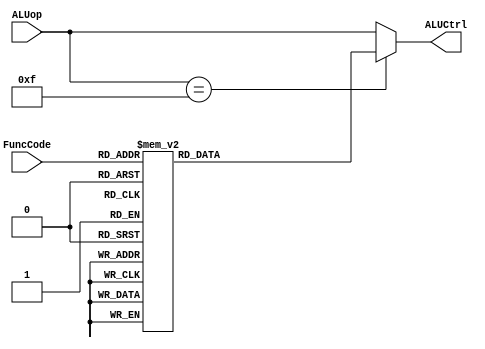
`timescale 1ns / 1ps
//////////////////////////////////////////////////////////////////////////////////
// Company: 
// Engineer: 
// 
// Design Name: 
// Module Name: ALUControl
// Project Name: 
// Target Devices: 
// Tool Versions: 
// Description: 
// 
// Dependencies: 
// 
// Revision:
// Revision 0.01 - File Created
// Additional Comments:
// 
//////////////////////////////////////////////////////////////////////////////////
//function definition
`define AND		4'b0000
`define OR		4'b0001
`define ADD 	4'b0010
`define SLL 	4'b0011
`define SRL 	4'b0100
`define MULA	4'b0101
`define SUB 	4'b0110
`define SLT 	4'b0111
`define ADDU	4'b1000
`define SUBU	4'b1001
`define XOR		4'b1010
`define SLTU	4'b1011
`define NOR		4'b1100
`define SRA		4'b1101
`define LUI		4'b1110

`define SLLFunc  6'b000000
`define SRLFunc  6'b000010
`define SRAFunc  6'b000011
`define ADDFunc  6'b100000
`define ADDUFunc 6'b100001
`define SUBFunc  6'b100010
`define SUBUFunc 6'b100011
`define ANDFunc  6'b100100
`define ORFunc   6'b100101
`define XORFunc  6'b100110
`define NORFunc  6'b100111
`define SLTFunc  6'b101010
`define SLTUFunc 6'b101011
`define MULAFunc 6'b111000

module ALUControl(ALUCtrl, ALUop, FuncCode); // module initialization
input [3:0]ALUop; //inputs 
input [5:0]FuncCode;
output[3:0] ALUCtrl;//output
reg [3:0]ALUCtrl;
always@(FuncCode or ALUop)
begin
if(ALUop==4'b1111) //only when ALUop is 1111, the ALUCtrl is as per the FuncCode
begin
case(FuncCode)
`SLLFunc: ALUCtrl= `SLL;
`SRLFunc: ALUCtrl= `SRL;
`SRAFunc:ALUCtrl= `SRA;
`ADDFunc:ALUCtrl= `ADD;
`ADDUFunc:ALUCtrl= `ADDU;
`SUBFunc:ALUCtrl= `SUB;
`SUBUFunc:ALUCtrl= `SUBU;
`ANDFunc:ALUCtrl= `AND;
`ORFunc:ALUCtrl= `OR;
`XORFunc:ALUCtrl= `XOR;
`NORFunc:ALUCtrl= `NOR;
`SLTFunc:ALUCtrl= `SLT;
`SLTUFunc:ALUCtrl= `SLTU;
`MULAFunc:ALUCtrl= `MULA;
default: ALUCtrl=4'b0000;
endcase
end
else
ALUCtrl<=ALUop; //else ALUCtrl is same as the ALUop
end
endmodule